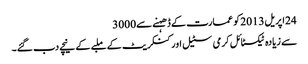
24اپریل2013کو عمارت کے ڈھہنے سے3000
سے زیادہ ٹیکسٹائل کرمی سٹیل اور کنکریٹ کے ملبے کے نیچے دب گئے۔